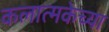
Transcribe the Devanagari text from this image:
कलात्मकेच्या